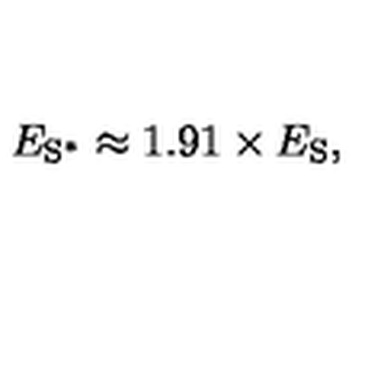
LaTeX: E _ { \mathrm { S } ^ { * } } \approx 1 . 9 1 \times E _ { \mathrm { S } } ,